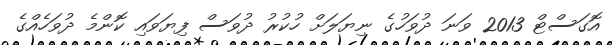
އޮގަސްޓް 2013 ވަނަ ދުވަހުގެ ނިޔަލަށް ހުކުރު ދުވަސް ފިޔަވައި ކޮންމެ ދުވަހެއްގެ